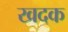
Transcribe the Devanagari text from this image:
खदक